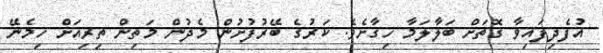
އުފެދިފައިވާ ގޮތަށް ބަލާލަމާ ހިގާށެވެ. ކަރުގެ ބޭރުފުށުން މެދުން މަތިން ތިރިއަށް ހިމެނޭ